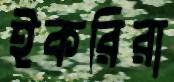
ইকরিরা